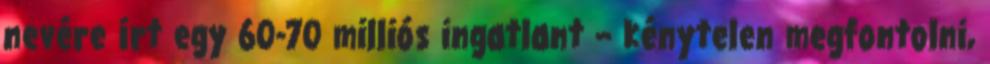
nevére írt egy 60-70 milliós ingatlant – kénytelen megfontolni,